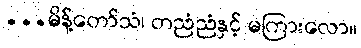
...မိန့်တော်သံ၊ တညံညံနှင့် မကြားလော။